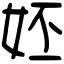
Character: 㚰